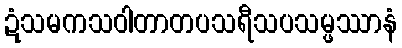
ဍံသမကသဝါတာတပသရီသပသမ္ဖဿာနံ